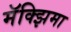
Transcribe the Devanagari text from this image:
मॅक्झिमा